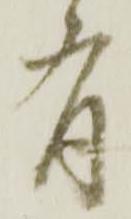
有